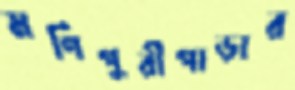
মণিপুরীপাড়ার